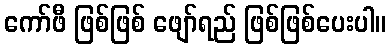
ကော်ဖီ ဖြစ်ဖြစ် ဖျော်ရည် ဖြစ်ဖြစ်ပေးပါ။